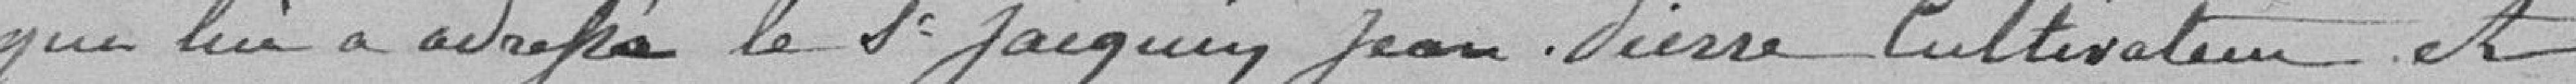
qui lui a adressé le Sieur JACQUIN Jean Pierre, Cultivateur et